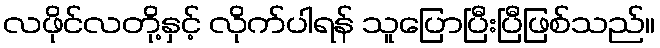
လဖိုင်လတို့နှင့် လိုက်ပါရန် သူပြောပြီးပြီဖြစ်သည်။